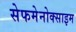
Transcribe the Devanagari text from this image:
सेफमेनोक्साइम